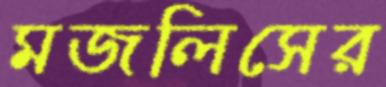
মজলিসের